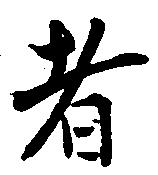
者